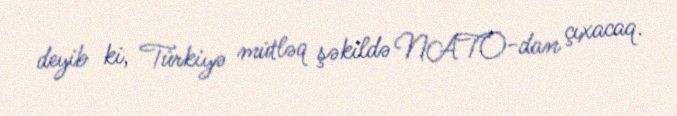
deyib ki, Türkiyə mütləq şəkildə NATO-dan çıxacaq.